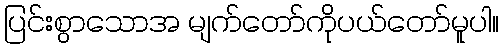
ပြင်းစွာသောအ မျက်တော်ကိုပယ်တော်မူပါ။